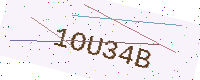
Text: 1OU34B